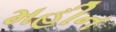
મહીન